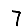
Digit: 7